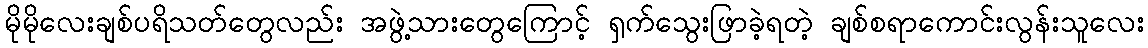
မိုမိုလေးချစ်ပရိသတ်တွေလည်း အဖွဲ့သားတွေကြောင့် ရှက်သွေးဖြာခဲ့ရတဲ့ ချစ်စရာကောင်းလွန်းသူလေး